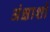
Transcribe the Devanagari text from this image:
अंक्षाशों